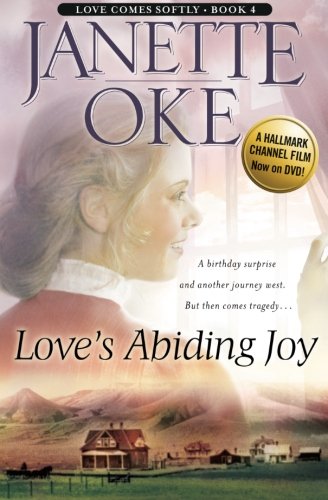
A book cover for Love's Abiding Joy (Love Comes Softly Series #4) (Volume 4); Janette Oke; Romance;